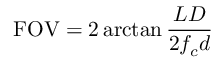
\mathrm { F O V } = 2 \arctan { \frac { L D } { 2 f _ { c } d } }